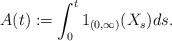
LaTeX: \begin{align*}A(t) := \int_{0}^{t}1_{(0,\infty)}(X_s)ds. \end{align*}